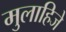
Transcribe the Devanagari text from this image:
मुलाहिजे